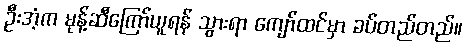
ဦးအံ့က မုန့်ဆီကြော်ယူရန် သွားရာ ကျော်ထင်မှာ ခပ်တည်တည်။